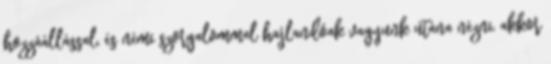
hozzáállással, és némi szorgalommal hajlandóak vagyunk utána nézni, akkor